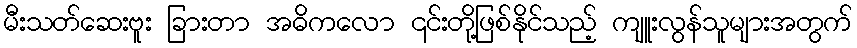
မီးသတ်ဆေးဗူး ခြားတာ အဓိကလော ၎င်းတို့ဖြစ်နိုင်သည့် ကျူးလွန်သူများအတွက်